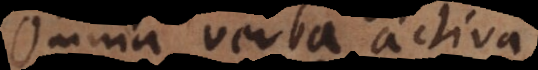
Omnia verba activa